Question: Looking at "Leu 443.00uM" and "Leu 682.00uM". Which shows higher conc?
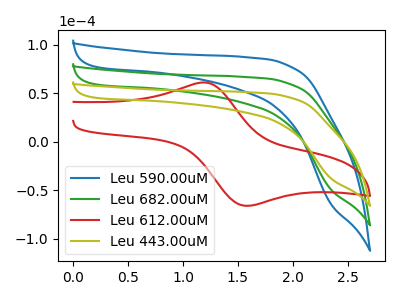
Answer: <think>The blue curve "Leu 590.00uM" has no peaks. The green curve "Leu 682.00uM" has no peaks. The red curve "Leu 612.00uM" has an anodic peak at (1.20V, 61.20uA) and a cathodic peak at (1.60V, -65.90uA). The olive curve "Leu 443.00uM" has no peaks.
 Neither "Leu 443.00uM" or "Leu 682.00uM" have any peaks.</think>
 <answer>I cant tell if "Leu 443.00uM" or "Leu 682.00uM" has higher concentration.</answer>
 <eval>mixed_concentration</eval>